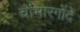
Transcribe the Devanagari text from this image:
चांभारगोंदे